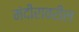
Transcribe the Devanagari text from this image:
मंदीरावरील